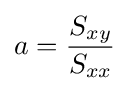
a={\frac {S_{xy}}{S_{xx}}}